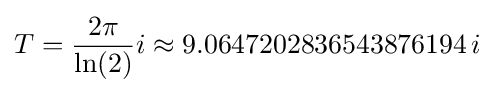
T={\frac {2\pi }{\ln(2)}}i\approx 9.0647202836543876194\!~i